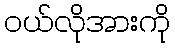
ဝယ်လိုအားကို